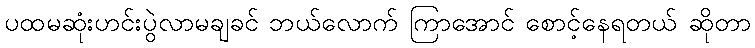
ပထမဆုံးဟင်းပွဲလာမချခင် ဘယ်လောက် ကြာအောင် စောင့်နေရတယ် ဆိုတာ